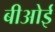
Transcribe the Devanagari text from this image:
बीओई